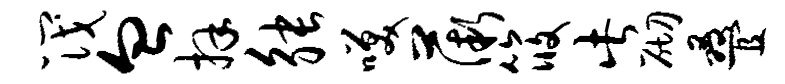
筏血拜觖笑薇筱此砌叠